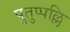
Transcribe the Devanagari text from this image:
पुतुप्पल्लि